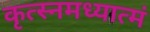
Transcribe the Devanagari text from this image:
कृत्स्नमध्यात्मं